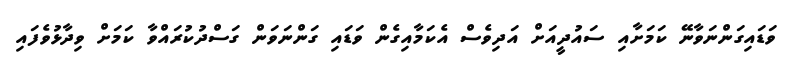
ވަޑައިގަންނަވާނޭ ކަމަށާއި ސައުދީއަށް އަދިވެސް އެކަމާއިގެން ވަޑައި ގަންނަވަން ގަސްދުކުރައްވާ ކަމަށް ވިދާޅުވެފައި